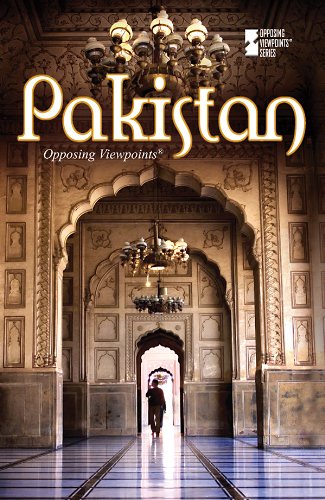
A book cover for Pakistan (Opposing Viewpoints); History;